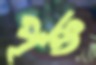
পৃক্ত